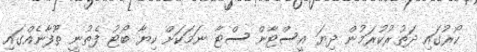
ކޯރުގައި ދަތުރުކުރަމުން ދިޔަ އީސްޓާން ސްޓާ ނަމަކަށް ކިޔާ ބޯޓު ފެތުނީ ތޫފާނެއްގައި